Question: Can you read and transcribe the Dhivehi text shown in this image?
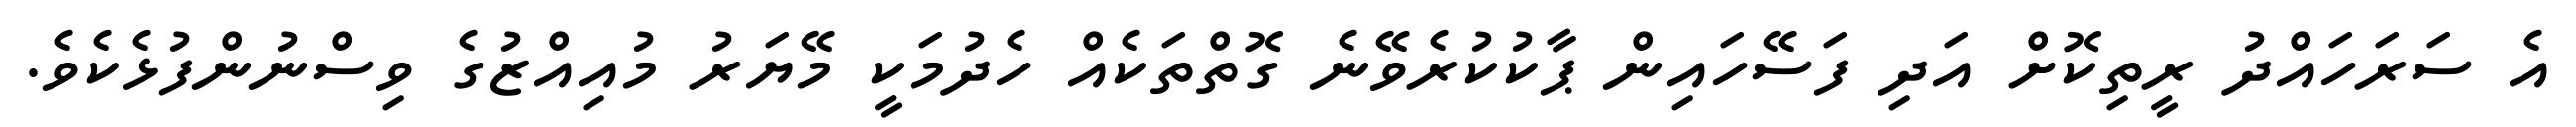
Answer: އެ ސަރަހައްދު ރީތިކޮށް އަދި ފަސޭހައިން ޕާކުކުރެވޭނެ ގޮތްތަކެއް ހެދުމަކީ މޭޔަރު މުއިއްޒުގެ ވިސްނުންފުޅެކެވެ.